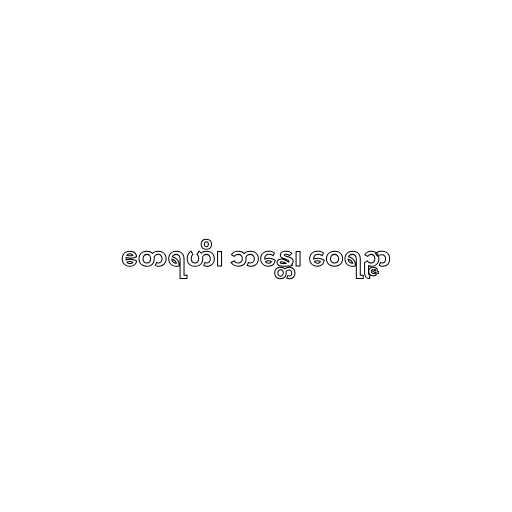
ဧတရဟိ၊ ဘန္တေ၊ ဝေရဉ္ဇာ